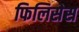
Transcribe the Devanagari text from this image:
फिलिसेस